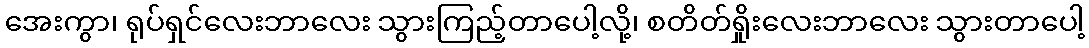
အေးကွာ၊ ရုပ်ရှင်လေးဘာလေး သွားကြည့်တာပေါ့လို့၊ စတိတ်ရှိုးလေးဘာလေး သွားတာပေါ့